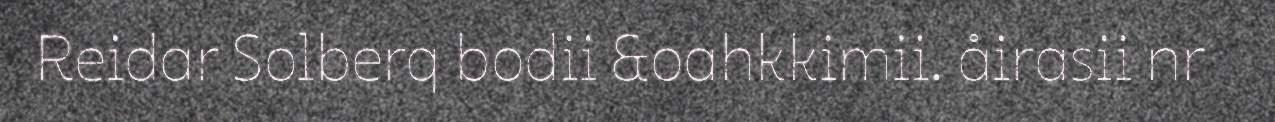
Reidar Solberq bodii &oahkkimii. åirasii nr